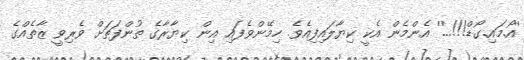
''އޯ.މައި.ގޯޑް!!!...'' އެންމެން އެކީ ކިޔާލައިފިއެވެ. ހިމޭންވެފައި އިން ކިޔާރާގެ ތުންފަތަށް ވެރިވީ ޒާތެއްގެ